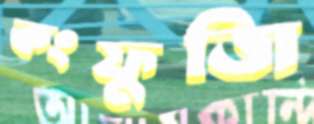
কংফুজি